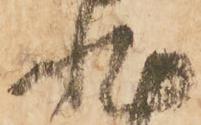
非